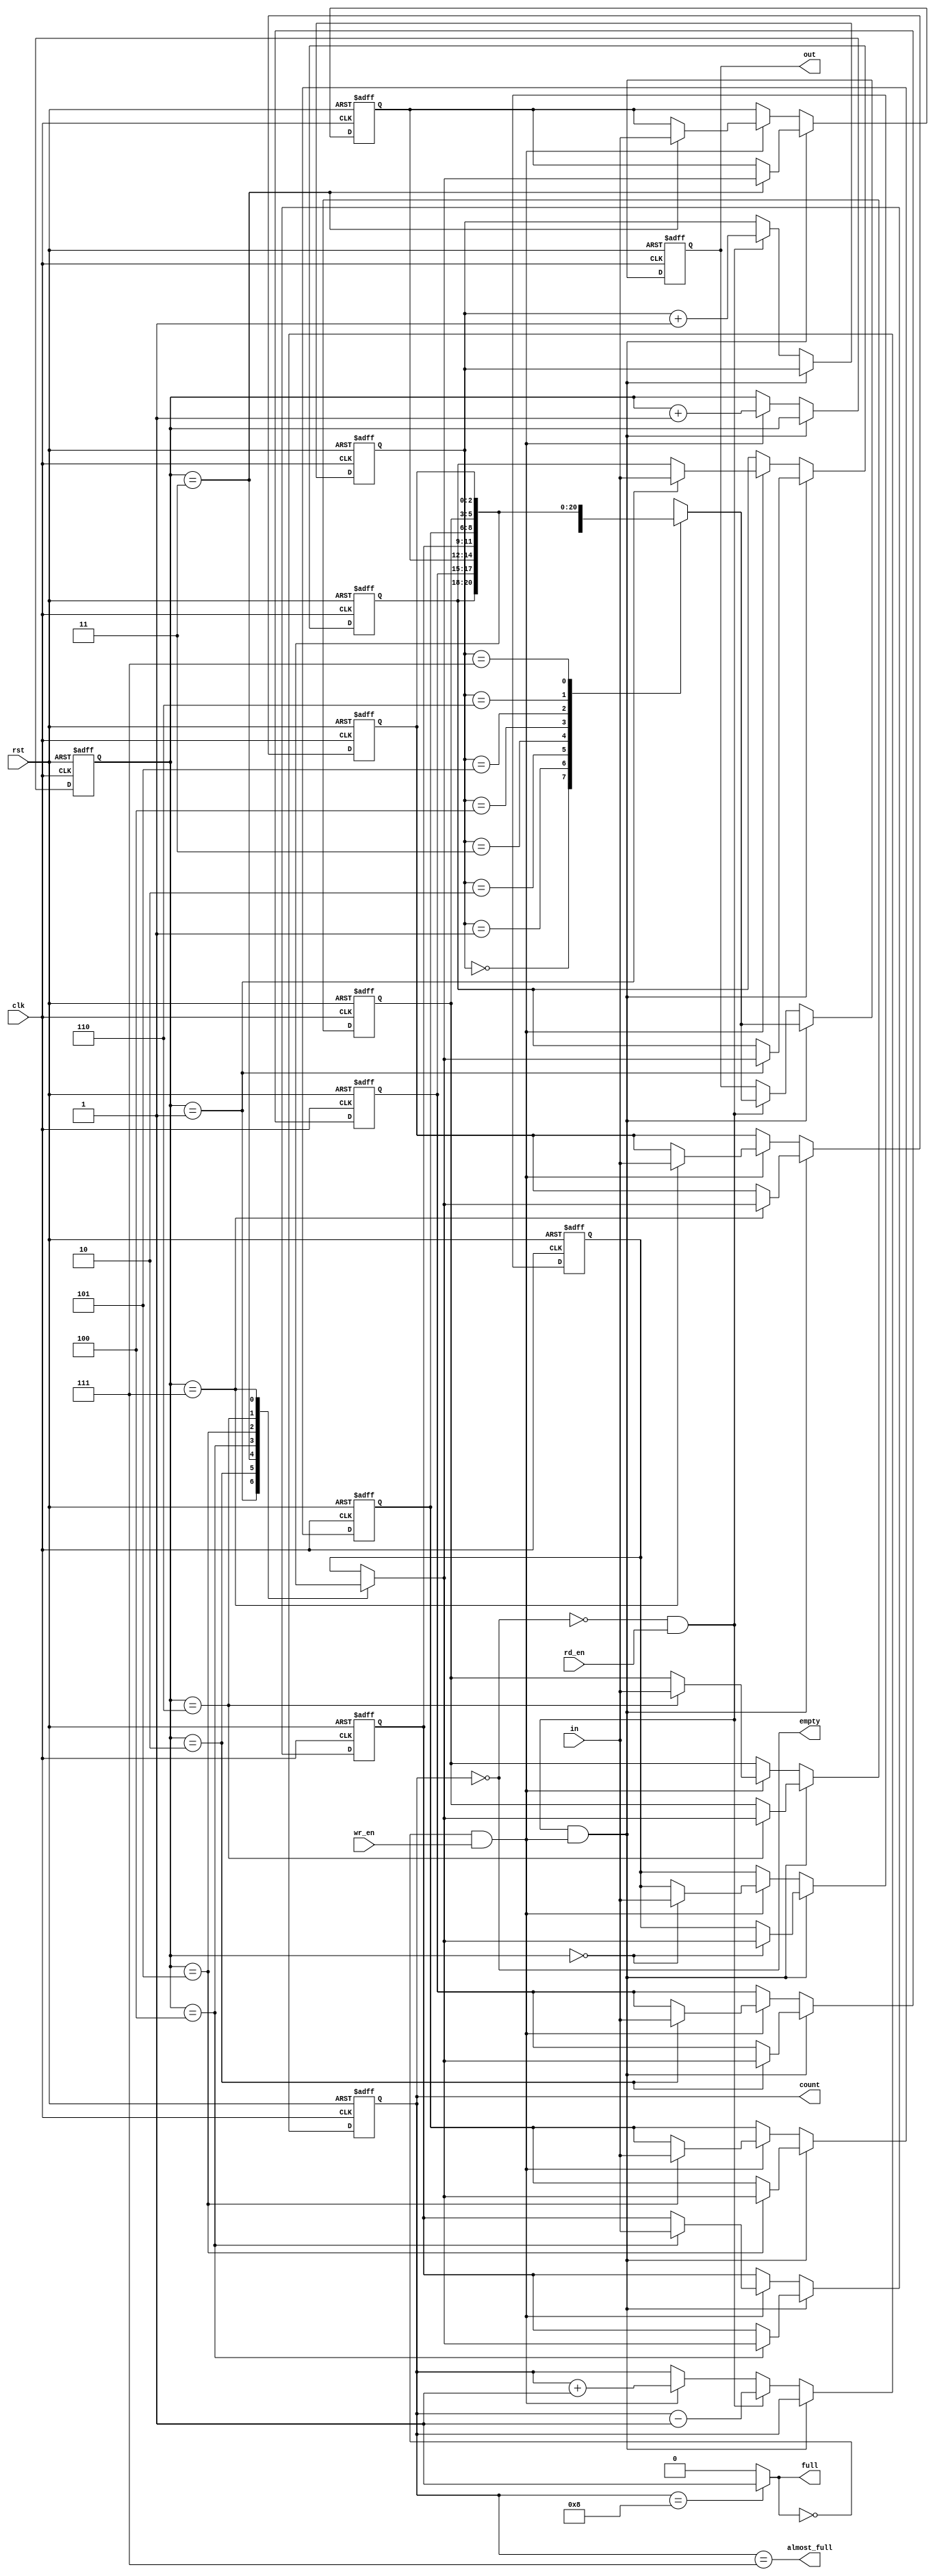
`timescale 1ns / 1ps
//////////////////////////////////////////////////////////////////////////////////
//module fifo(clk, rst, rd_en, wr_en, in, out, empty, full, almost_full);//using for fpga
module fifo(clk, rst, rd_en, wr_en, in, out, empty, full, almost_full,count);
////////////////////////////////////////////////////////////////////////////////
parameter WIDTH = 3; //width of bit in each element
parameter ADDR_BIT = 3; //bit address space to write 1 element in fifo
////////////////////////////////////////////////////////////////////////////////
localparam DEPTH = 2**ADDR_BIT; // buffer length(8 elements )
////////////////////////////////////////////////////////////////////////////////
input   wire                    clk;
input   wire                    rst;
input   wire                    rd_en;
input   wire                    wr_en;
input   wire    [WIDTH-1:0]     in;
output  reg     [WIDTH-1:0]     out;
output  wire                    empty;
output  wire                    full;
output  wire                    almost_full;
output  wire    [ADDR_BIT:0]    count; //[ADDR_BIT:0]: to be able to display (max value of [ADDR_BIT-1:0]) + 1
////////////////////////////////////////////////////////////////////////////////
reg [WIDTH-1:0]     mem [DEPTH-1:0]; ////array of 8 8-bit values
reg [ADDR_BIT:0]    cnt; //[ADDR_BIT:0]: to be able to display (max value of [ADDR_BIT-1:0]) + 1
reg [ADDR_BIT-1:0]  frontAddr;//read ptr
reg [ADDR_BIT-1:0]  rearAddr;//write ptr

////////////////////////////////////////////////////////////////////////////////

assign empty = (cnt == 0);
assign almost_full = (cnt == DEPTH-1);
assign full = (cnt == DEPTH)? 1 : 0;
assign count = cnt;
integer i;

////////////////////////////////////////////////////////////////////////////////
//wire clk_div; //using for fpga
//Clock_divider clk_div_1(clk, clk_div); //using for fpga

// counter control(read -> --cnt, write -> ++cnt)
//always @(posedge clk_div, posedge rst) begin //using for fpga
always @(posedge clk, posedge rst) begin
    if(rst) begin
        cnt <= 0;
    end
	else if((!empty && rd_en)&&(!full && wr_en)) begin
		cnt <= cnt;
	end
    else if(!empty && rd_en) begin
        cnt <= cnt - 1;
    end
    else if(!full && wr_en) begin
        cnt <= cnt + 1;
    end
end

// write to rear(control write to mem)
//always @(posedge clk_div, posedge rst) begin //using for fpga
always @(posedge clk, posedge rst) begin
    if(rst) begin
        for(i = 0; i < DEPTH; i = i + 1) begin
            mem[i] <= 0;
        end
        rearAddr <= 0;
    end
	else if((!full && wr_en) && (!empty && rd_en)) begin
		mem[rearAddr] <= mem[rearAddr];// unchange value if write and read at the same time
        	rearAddr <= rearAddr;
	end
    else if(!full && wr_en) begin
        mem[rearAddr] <= in;
        rearAddr <= rearAddr + 1; //update ptr of rear(write ptr)
    end
end

// read from front(control write to mem)
//always @(posedge clk_div, posedge rst) begin //using for fpga
always @(posedge clk, posedge rst) begin
    if(rst) begin
        out <= 0;
        frontAddr <=0;
    end
	else if((!full && wr_en) && (!empty && rd_en)) begin
		out <= mem[frontAddr]; //// unchange value if write and read at the same time
        frontAddr <= frontAddr;
	end
    else if(!empty && rd_en) begin
        out <= mem[frontAddr];
        frontAddr <= frontAddr + 1;//update ptr or front(read ptr)
    end
end

endmodule